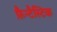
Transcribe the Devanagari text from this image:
फ़ैन्टैस्टिक